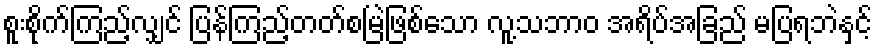
စူးစိုက်ကြည့်လျှင် ပြန်ကြည့်တတ်စမြဲဖြစ်သော လူ့သဘာဝ အရိပ်အခြည် မပြရဘဲနှင့်